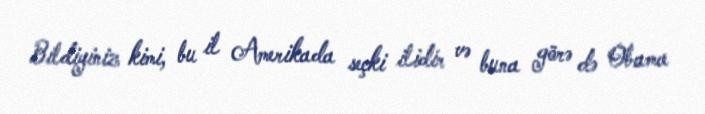
Bildiyiniz kimi, bu il Amerikada seçki ilidir və buna görə də Obama